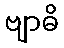
ဗျာဓိ